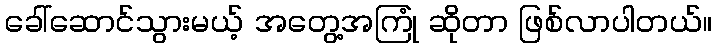
ခေါ်ဆောင်သွားမယ့် အတွေ့အကြုံ ဆိုတာ ဖြစ်လာပါတယ်။